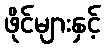
ဖိုင်များနှင့်